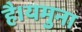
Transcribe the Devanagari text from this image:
है।यमुना